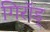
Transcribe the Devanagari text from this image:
गिरॉड्